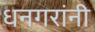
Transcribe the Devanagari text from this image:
धनगरांनी